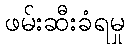
ဖမ်းဆီးခံရမှု